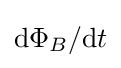
{\textstyle \mathrm {d} \Phi _{B}/\mathrm {d} t}